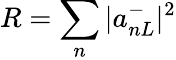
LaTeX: R=\sum_{n}|a_{nL}^{-}|^{2}